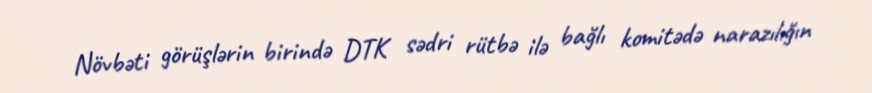
Növbəti görüşlərin birində DTK sədri rütbə ilə bağlı komitədə narazılığın